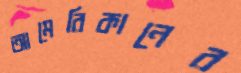
আমেরিকানের